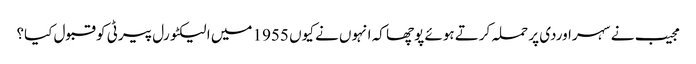
مجیب نے سہراوردی پر حملہ کرتے ہوئے پوچھا کہ انہوں نے کیوں 1955 میں الیکٹورل پیرٹی کو قبول کیا؟